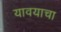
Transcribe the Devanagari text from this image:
यावयाचा